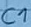
Text: C1